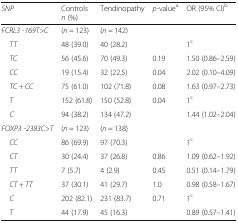
| SNP | Controlsn (%) | Tendinopathy | p-valuea | OR (95% CI)b |
 | --- | --- | --- | --- | --- |
 | FCRL3 -169T>C | (n = 123) | (n = 142) |  |  |
 | TT | 48 (39.0) | 40 (28.2) |  | 1c |
 | TC | 56 (45.6) | 70 (49.3) | 0.19 | 1.50 (0.86–2.59) |
 | CC | 19 (15.4) | 32 (22.5) | 0.04 | 2.02 (0.10–4.09) |
 | TC + CC | 75 (61.0) | 102 (71.8) | 0.08 | 1.63 (0.97–2.73) |
 | T | 152 (61.8) | 150 (52.8) | <ROWSPAN=2> 0.04 | 1c |
 | C | 94 (38.2) | 134 (47.2) | 1.44 (1.02–2.04) |
 | FOXP3 -2383C>T | (n = 123) | (n = 138) |  |  |
 | CC | 86 (69.9) | 97 (70.3) |  | 1c |
 | CT | 30 (24.4) | 37 (26.8) | 0.86 | 1.09 (0.62–1.92) |
 | TT | 7 (5.7) | 4 (2.9) | 0.45 | 0.51 (0.14–1.79) |
 | CT + TT | 37 (30.1) | 41 (29.7) | 1.0 | 0.98 (0.58–1.67) |
 | C | 202 (82.1) | 231 (83.7) | <ROWSPAN=2> 0.71 | 1c |
 | T | 44 (17.9) | 45 (16.3) | 0.89 (0.57–1.41) |